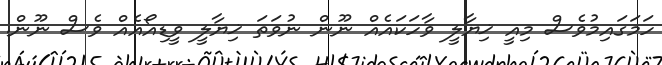
ހަމަގައިމުވެސް މިއީ ޚިޔާލީ ވާހަކައެއް ނޫން ނުވަތަ ޚިޔާލީ ވީޑިއޯއެއް ވެސް ނޫން.